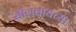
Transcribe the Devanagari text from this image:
बोलवायच्या